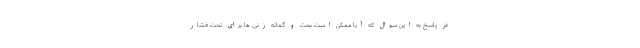
در پاسخ به این سوال که آیا ممکن است بحث و گمانه زنی ها برای تحت فشار